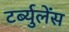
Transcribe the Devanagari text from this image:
टर्ब्युलेंस